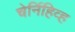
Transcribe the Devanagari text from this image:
चेर्निहिव्ह